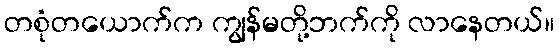
တစုံတယောက်က ကျွန်မတို့ဘက်ကို လာနေတယ်။